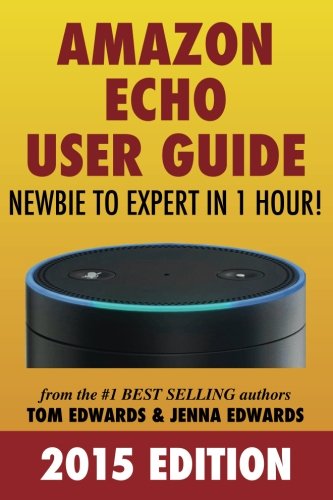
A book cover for Amazon Echo User Guide: Newbie to Expert in 1 Hour!; Tom Edwards; Computers & Technology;